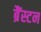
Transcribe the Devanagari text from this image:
ब्रैंस्टन